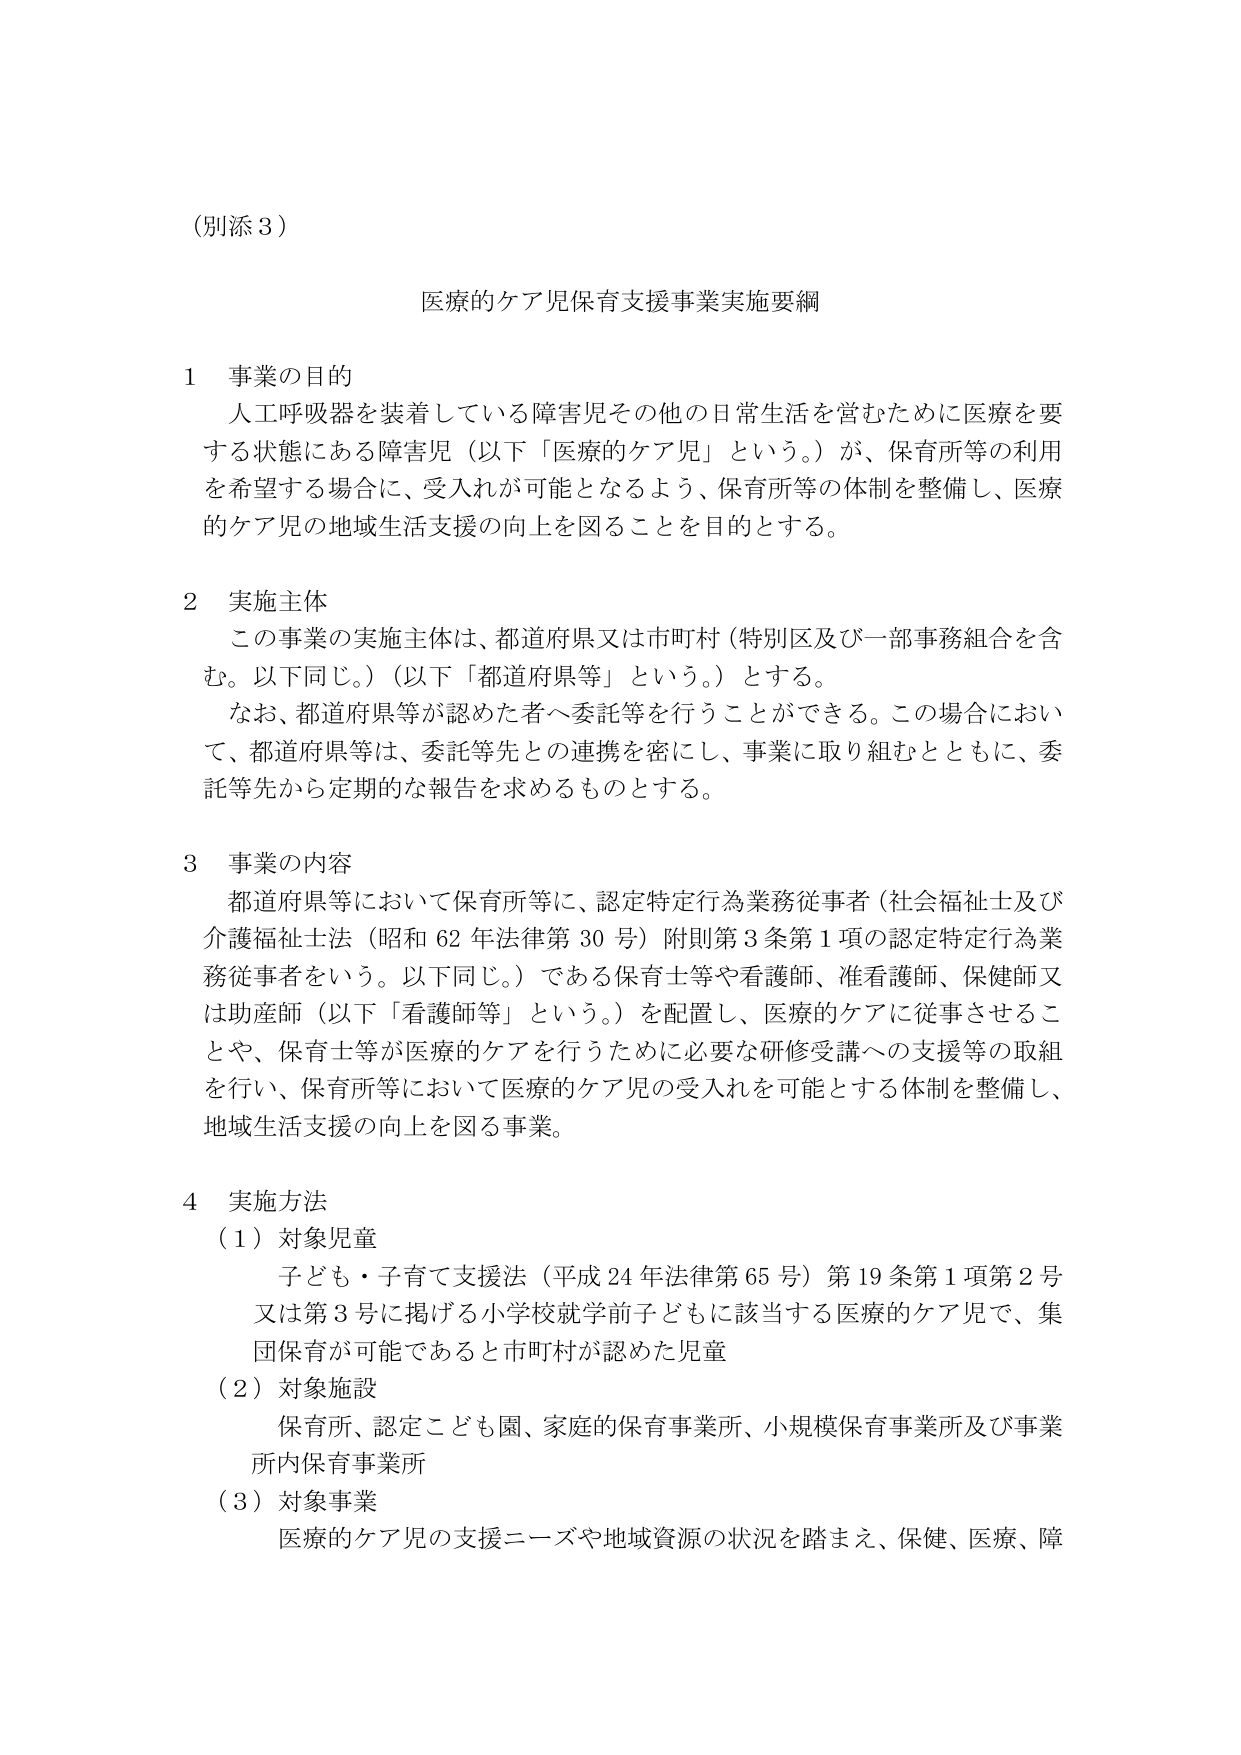
（別添３）

医療的ケア児保育支援事業実施要綱

１ 事業の目的
人工呼吸器を装着している障害児その他の日常生活を営むために医療を要
する状態にある障害児（以下「医療的ケア児」という。）が、保育所等の利用
を希望する場合に、受入れが可能となるよう、保育所等の体制を整備し、医療
的ケア児の地域生活支援の向上を図ることを目的とする。

２ 実施主体
この事業の実施主体は、都道府県又は市町村（特別区及び一部事務組合を含
む。以下同じ。）（以下「都道府県等」という。）とする。
なお、都道府県等が認めた者へ委託等を行うことができる。この場合におい
て、都道府県等は、委託等先との連携を密にし、事業に取り組むとともに、委
託等先から定期的な報告を求めるものとする。

３ 事業の内容
都道府県等において保育所等に、認定特定行為業務従事者（社会福祉士及び
介護福祉士法（昭和62年法律第30号）附則第3条第1項の認定特定行為業
務従事者をいう。以下同じ。）である保育士等や看護師、准看護師、保健師又
は助産師（以下「看護師等」という。）を配置し、医療的ケアに従事させるこ
とや、保育士等が医療的ケアを行うために必要な研修受講への支援等の取組
を行い、保育所等において医療的ケア児の受入れを可能とする体制を整備し、
地域生活支援の向上を図る事業。

４ 実施方法
（１）対象児童
子ども・子育て支援法（平成24年法律第65号）第19条第1項第2号
又は第3号に掲げる小学校就学前子どもに該当する医療的ケア児で、集
団保育が可能であると市町村が認めた児童
（２）対象施設
保育所、認定こども園、家庭的保育事業所、小規模保育事業所及び事業
所内保育事業所
（３）対象事業
医療的ケア児の支援ニーズや地域資源の状況を踏まえ、保健、医療、障